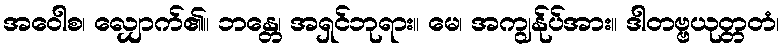
အဝေါစ၊ လျှောက်၏။ ဘန္တေ၊ အရှင်ဘုရား။ မေ၊ အကျွန်ုပ်အား။ ဒါတဗ္ဗယုတ္တတံ၊